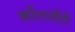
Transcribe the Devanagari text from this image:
बोंटालेंटी